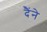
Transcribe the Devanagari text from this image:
दैंने